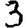
Digit: 3